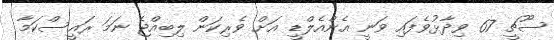
ސޫޗީ 67 ވިދާޅުވެފައި ވަނީ އެންއެލްޑީ އަށް ވެރިކަން ލިބިއްޖެ ނަމަ ރައީސްކަމާ